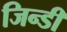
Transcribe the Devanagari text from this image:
जिन्डी